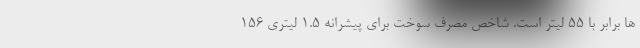
ها برابر با 55 لیتر است. شاخص مصرف سوخت برای پیشرانه 1.5 لیتری 156